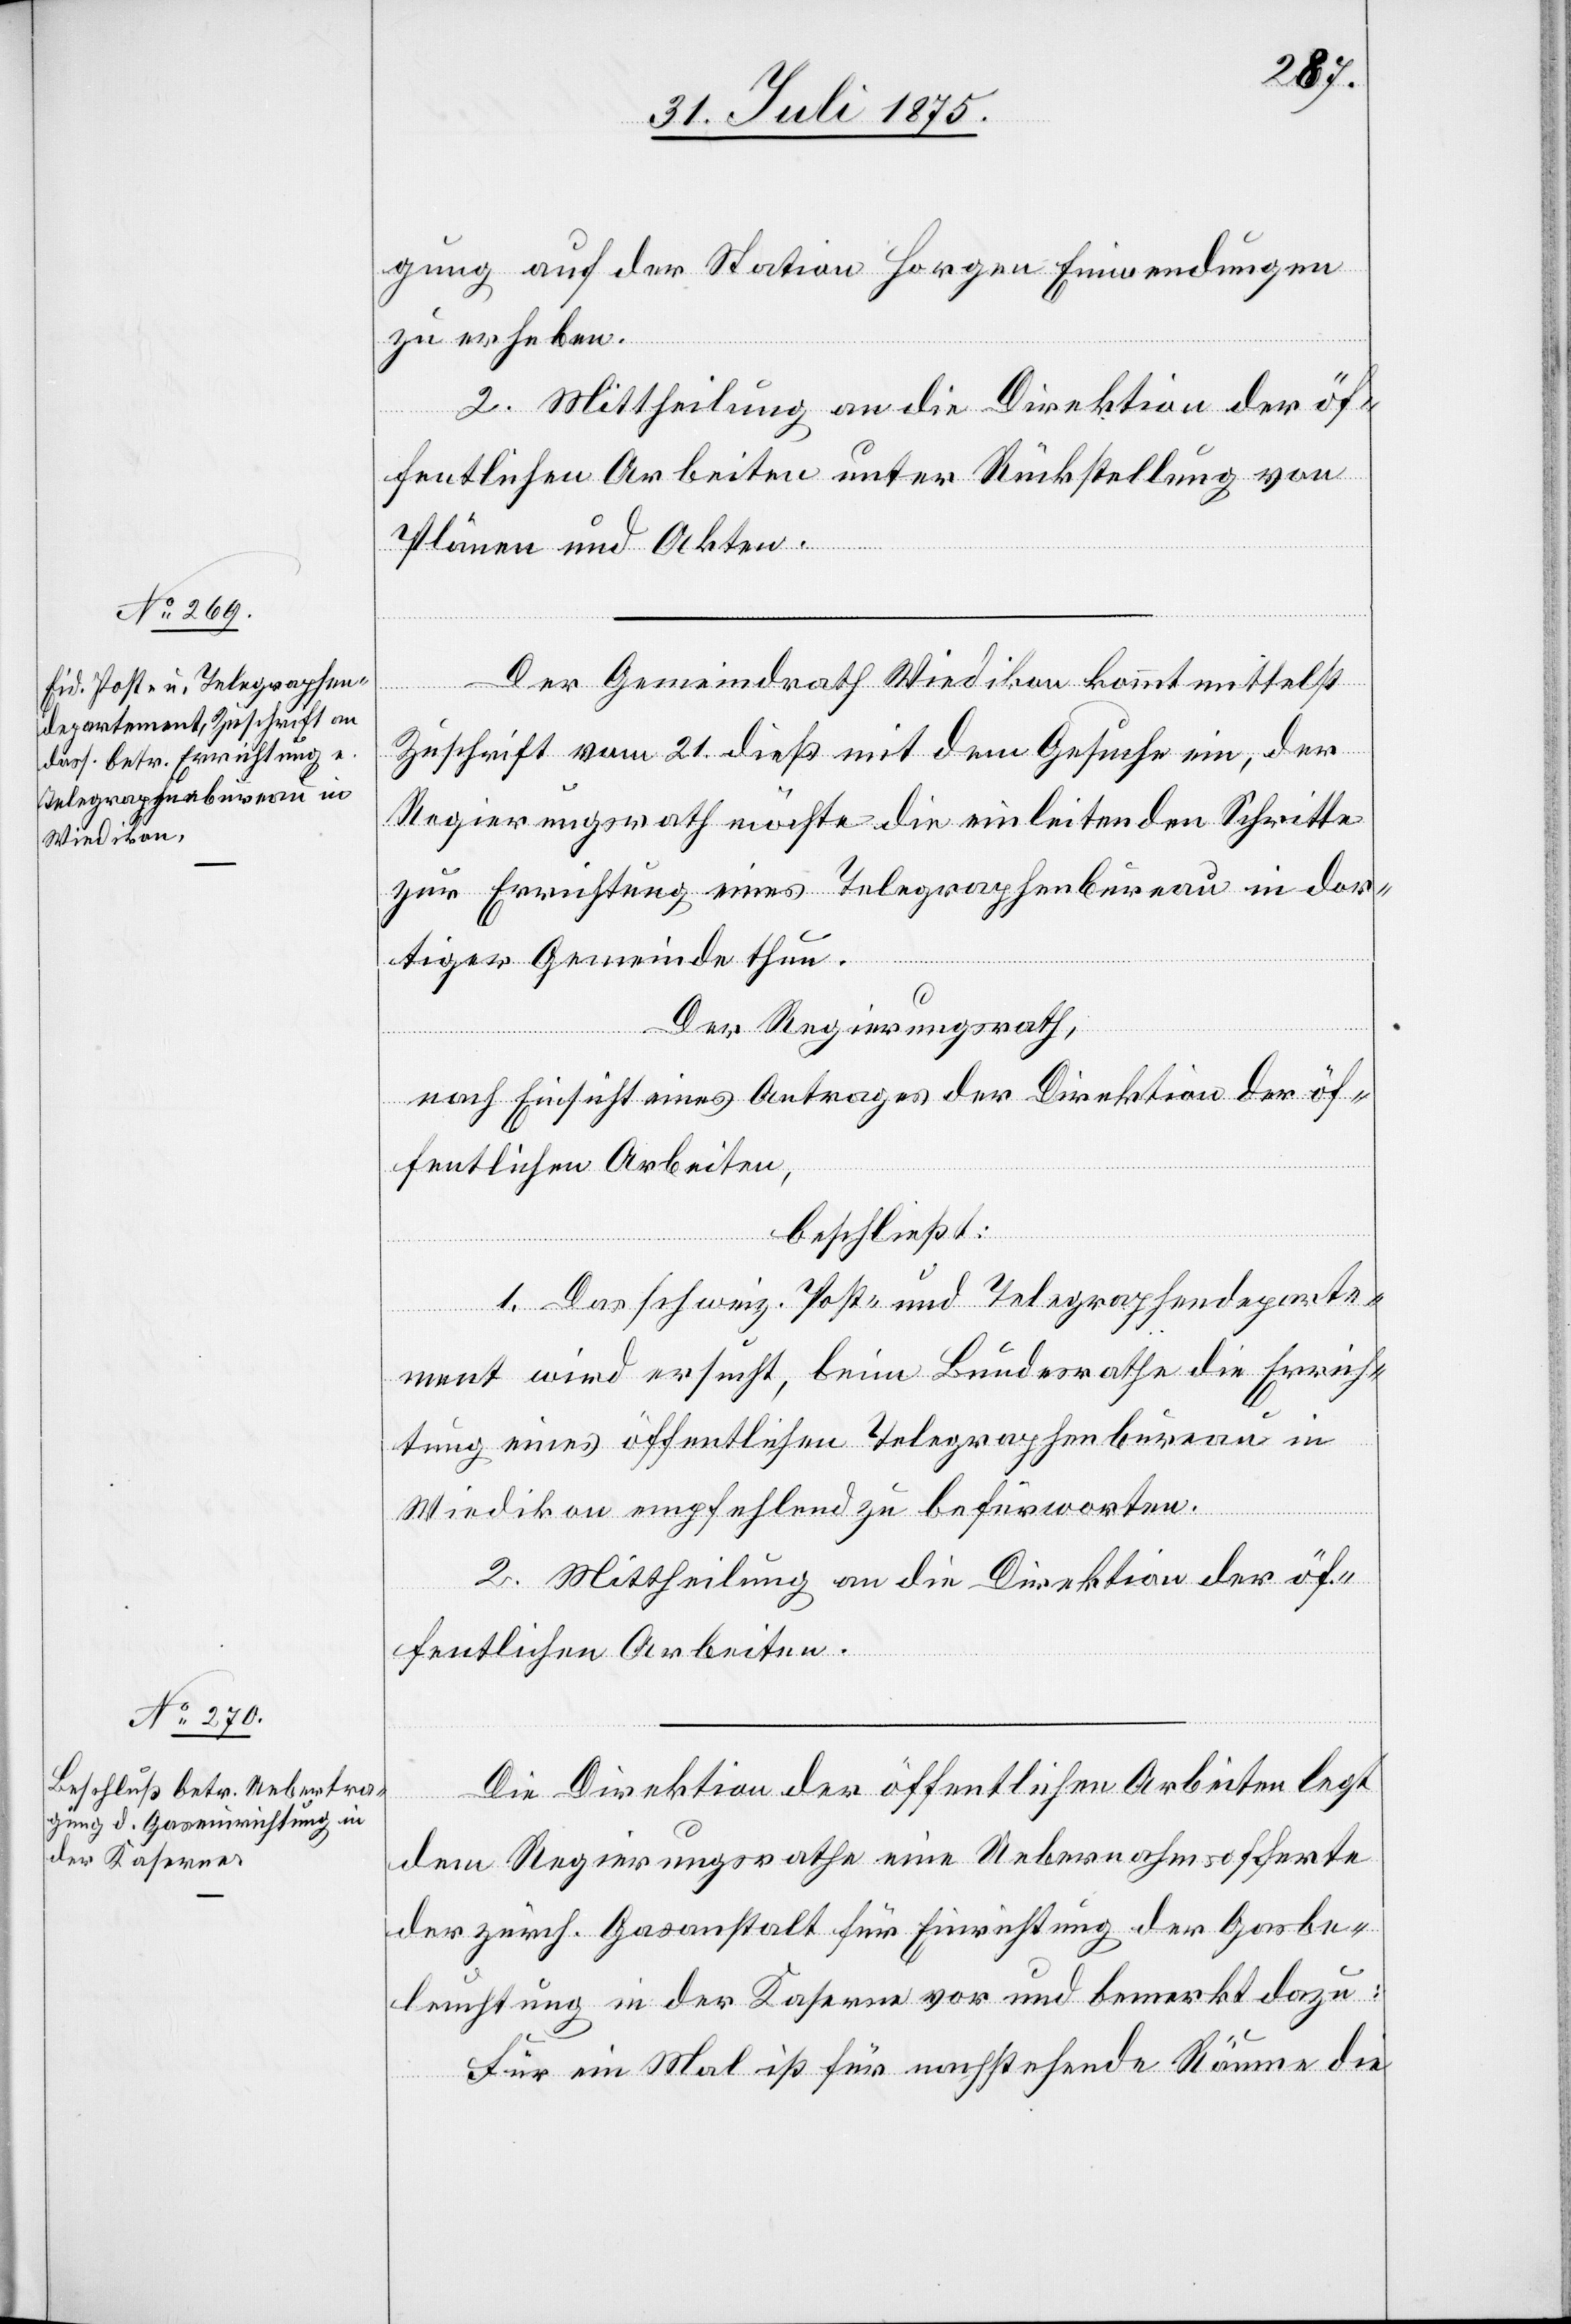
gung auf der Station Horgen Einwendungen
zu erheben.
2. Mittheilung an die Direktion der öf¬
fentlichen Arbeiten unter Rückstellung von
Plänen und Akten.
Der Gemeindrath Wiedikon kommt mittelst
Zuschrift vom 21. dieß mit dem Gesuche ein, der
Regierungsrath möchte die einleitenden Schritte
zur Errichtung eines Telegraphenbureau in dor¬
tiger Gemeinde thun.
Der Regierungsrath,
nach Einsicht eines Antrages der Direktion der öf¬
fentlichen Arbeiten,
beschließt:
1. Das schweiz. Post- und Handelsdeparte¬
ment wird ersucht, beim Bundesrathe die Errich¬
tung eines öffentlichen Telegraphenbureau in
Wiedikon empfehlend zu befürworten.
2. Mittheilung an die Direktion der öf¬
fentlichen Arbeiten.
Die Direktion der öffentlichen Arbeiten legt
dem Regierungsrathe eine Uebernahmsofferte
der zürch. Gasanstalt für Einrichtung der Gasbe¬
leuchtung in der Kaserne vor und bemerkt dazu:
Für ein Mal ist für nachstehende Räume die